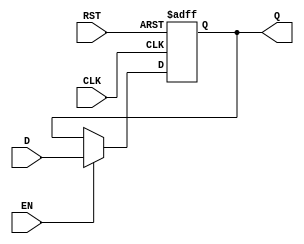
module DataRegister #(
    parameter WIDTH = 8  // Parameter to define the width of the register (default is 8 bits)
)(
    input  wire [WIDTH-1:0] D,      // Data input
    input  wire CLK,                  // Clock signal
    input  wire RST,                  // Reset signal
    input  wire EN,                   // Enable signal (optional)
    output reg  [WIDTH-1:0] Q         // Data output
);

// Sequential logic for the Data Register
always @(posedge CLK or posedge RST) begin
    if (RST) begin
        Q <= {WIDTH{1'b0}};           // Asynchronous reset to zero
    end else if (EN) begin
        Q <= D;                       // Capture data on clock edge if enabled
    end
    // If EN is low, Q retains its previous value
end

endmodule